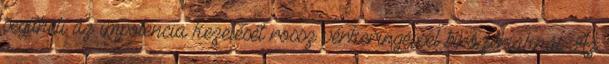
segítheti az impotencia kezelését rossz vérkeringéssel bíró fériaknál. Az